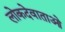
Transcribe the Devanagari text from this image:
लोकदेवाताओ